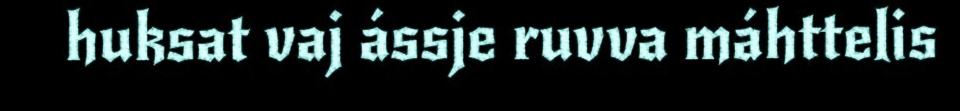
huksat vaj ássje ruvva máhttelis